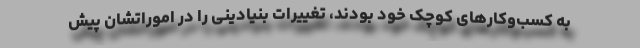
به کسب‌وکارهای کوچک خود بودند، تغییرات بنیادینی را در اموراتشان پیش